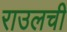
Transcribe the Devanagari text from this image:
राउलची